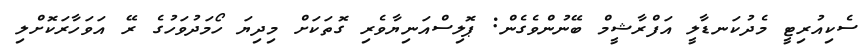
ސެކިއުރިޓީ މެދުކަނޑާލީ އަފްރާޝީމް ބޭނުންވެގެން: ޕޮލިސްއަނިޔާވެރި ގޮތަކަށް މިދިޔަ ހޯމަދުވަހުގެ ރޭ އަވަހާރަކޮށްލި